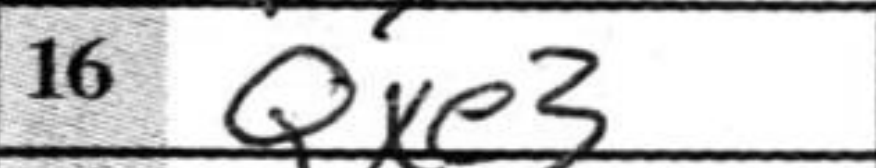
Transcription: Qxe3